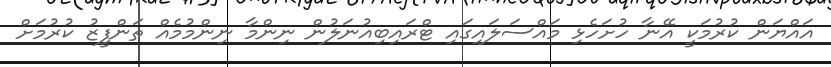
އައްޔަން ކުރުމަކީ އޭނާ ހުށަހެޅި މައްސަލައިގައި ޓްރައިބިއުނަލުން ނިންމާ ނިންމުމެއް ތަންފީޒު ކުރުމަށް